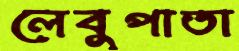
লেবুপাতা